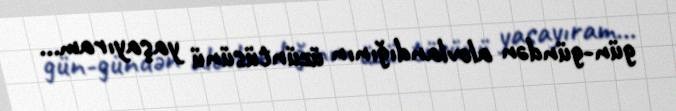
gün-gündən alovlandığının üzüntüsünü yaşayıram...